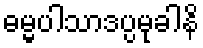
ဓမ္မပါသာဒပ္ပမုခါနိ